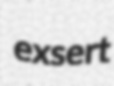
exsert